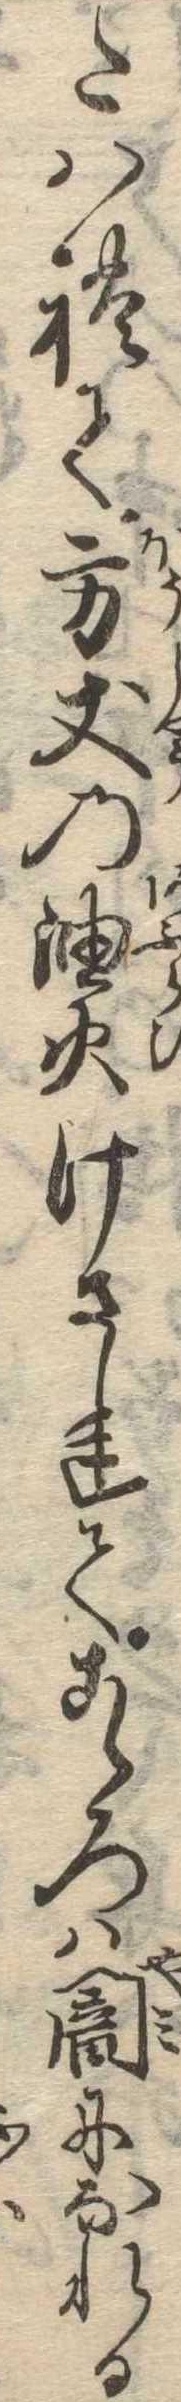
たはれて方丈の油火けされてこゝろは闇になれる